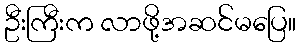
ဦးကြီးက လာဖို့အဆင်မပြေ။